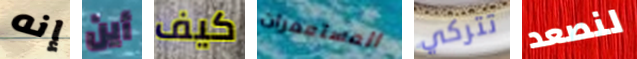
إنه أين كيف المستعمرات تتركي لنصعد